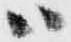
ハ